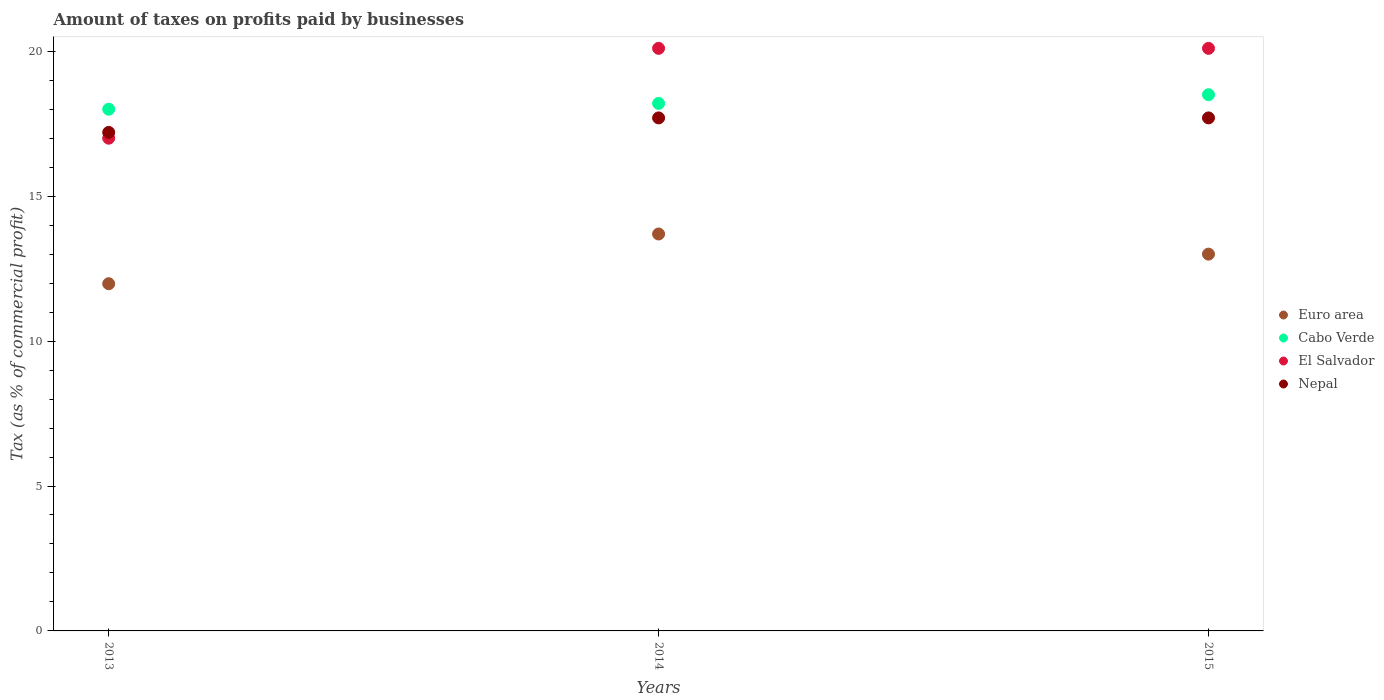
| Years | Euro area | Cabo Verde | El Salvador | Nepal |
 | --- | --- | --- | --- | --- |
 | 2013 | 12 | 18 | 17 | 17.2 |
 | 2014 | 13.7 | 18.2 | 20.1 | 17.7 |
 | 2015 | 13 | 18.5 | 20.1 | 17.7 |